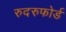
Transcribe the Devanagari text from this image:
रुदरुफोर्ड